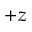
+ z